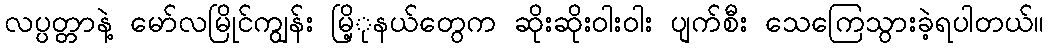
လပ္ပတ္တာနဲ့ မော်လမြိုင်ကျွန်း မြိ့ုနယ်တွေက ဆိုးဆိုးဝါးဝါး ပျက်စီး သေကြေသွားခဲ့ရပါတယ်။